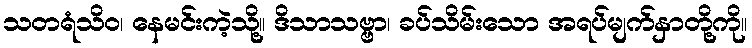
သတရံသိဝ၊ နေမင်းကဲ့သို့။ ဒိသာသဗ္ဗာ၊ ခပ်သိမ်းသော အရပ်မျက်နှာတို့ကို။